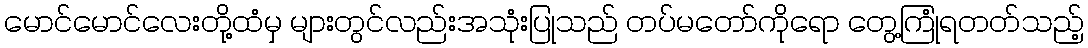
မောင်မောင်လေးတို့ထံမှ များတွင်လည်းအသုံးပြုသည် တပ်မတော်ကိုရော တွေ့ကြုံရတတ်သည့်